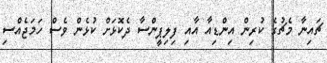
ޗައިނާ މެޗުގެ ކުރިން އިންޑިއާ އާއި ފިލިޕީންސާ ދެކޮޅަށް ކުޅެން ވެސް ހަމަޖެއްސި